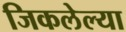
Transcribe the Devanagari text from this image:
जिकलेल्या